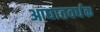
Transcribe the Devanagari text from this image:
आघातवर्धक